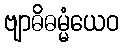
ဗျာဓိဓမ္မံယေဝ